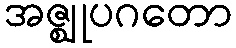
အဇ္ဈုပဂတော